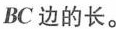
BC边的长。